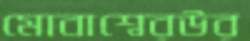
মোবাশ্বেরউর